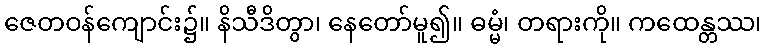
ဇေတဝန်ကျောင်း၌။ နိသီဒိတွာ၊ နေတော်မူ၍။ ဓမ္မံ၊ တရားကို။ ကထေန္တဿ၊